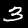
Digit: 3